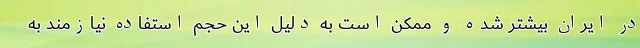
در ایران بیشتر شده و ممکن است به دلیل این حجم استفاده نیازمند به